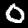
Digit: 0